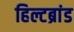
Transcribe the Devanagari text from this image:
हिल्टब्रांड